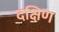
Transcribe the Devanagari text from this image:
दक्षिण्‍ा